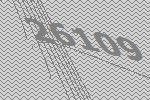
26109